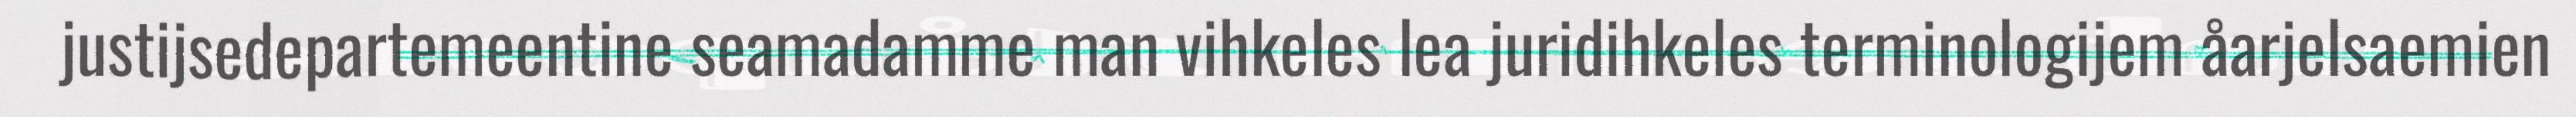
justijsedepartemeentine seamadamme man vihkeles lea juridihkeles terminologijem åarjelsaemien